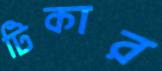
টিকার